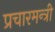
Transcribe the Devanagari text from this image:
प्रचारमन्त्री